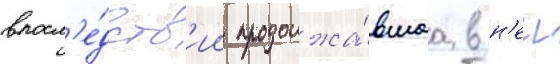
впосл'е́дств'ии продолжа́вшаа в н'еи